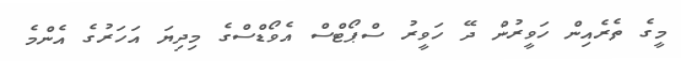
މީގެ ތެރެއިން ހަވީރުން ދޭ ހަވީރު ސްޕޯޓްސް އެވޯޑްސްގެ މިދިޔަ އަހަރުގެ އެންމެ